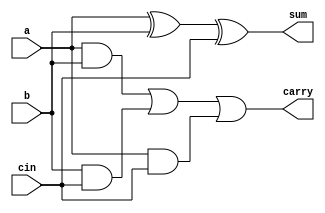
//Gate level abstraction implementation
module full_adder_gl(sum,carry,a,b,cin);

input a,b,cin;
output sum,carry;
wire w1,w2,w3;

xor a1(sum,a,b,cin);
and b1(w1,a,b);
and b2(w2,b,cin);
and b3(w3,a,cin);
or c1(carry,w1,w2,w3);

endmodule

//Data_flow level abstraction implementation
module full_adder_df(sum,carry,a,b,cin);

input a,b,cin;
output sum, carry;

assign sum = a^b^cin;
assign carry = (a*b)+(b*cin)+(a*cin);

endmodule

//Behavioral level abstraction implementation
module full_adder_bhvl(sum,carry,a,b,cin);

input a,b,cin;
output reg carry,sum;

always@(a,b,cin)begin
	case({a,b,cin})
		3'b000:begin
			sum=0;carry=0;
			end
		(3'b001 | 3'b010 | 3'b100):begin
			sum=1;carry=0;
			end
		(3'b011 | 3'b101 | 3'b110):begin
			sum=0;carry=1;
			end
		3'b111:begin
			sum=1;carry=1;
			end
		default:begin
			sum=0;carry=0;
			end
	endcase
	end
endmodule